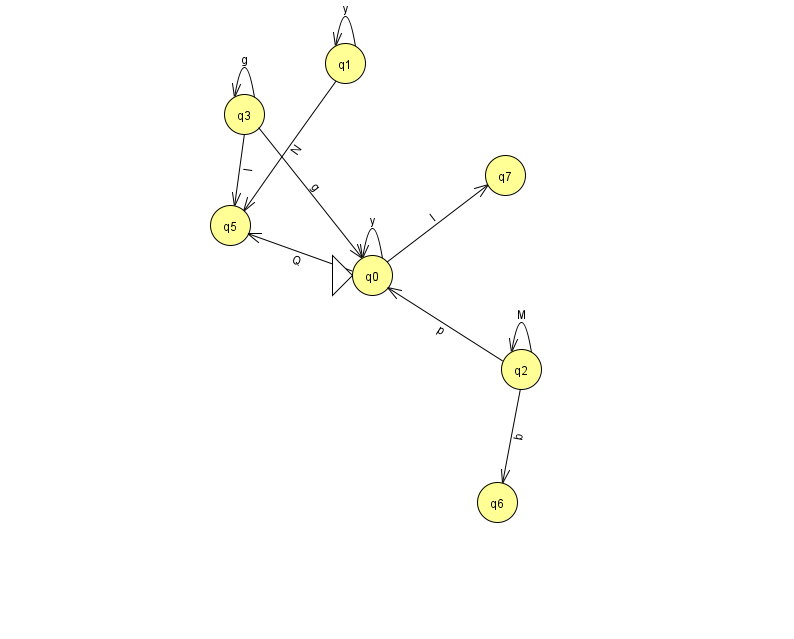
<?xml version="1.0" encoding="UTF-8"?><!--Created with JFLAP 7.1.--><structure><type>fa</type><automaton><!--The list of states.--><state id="0" name="q0"><x>372.0</x><y>262.0</y><initial/></state><state id="1" name="q1"><x>345.0</x><y>50.0</y></state><state id="2" name="q2"><x>521.0</x><y>356.0</y></state><state id="3" name="q3"><x>244.0</x><y>101.0</y></state><state id="5" name="q5"><x>230.0</x><y>212.0</y></state><state id="6" name="q6"><x>497.0</x><y>489.0</y></state><state id="7" name="q7"><x>505.0</x><y>162.0</y></state><!--The list of transitions.--><transition><from>1</from><to>5</to><read>N</read></transition><transition><from>0</from><to>5</to><read>Q</read></transition><transition><from>3</from><to>5</to><read>l</read></transition><transition><from>0</from><to>7</to><read>l</read></transition><transition><from>3</from><to>3</to><read>g</read></transition><transition><from>2</from><to>0</to><read>p</read></transition><transition><from>2</from><to>6</to><read>b</read></transition><transition><from>0</from><to>0</to><read>y</read></transition><transition><from>1</from><to>1</to><read>y</read></transition><transition><from>3</from><to>0</to><read>g</read></transition><transition><from>2</from><to>2</to><read>M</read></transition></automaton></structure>